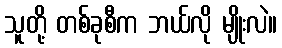
သူတို့ တစ်ခုစီက ဘယ်လို မျိုးလဲ။